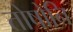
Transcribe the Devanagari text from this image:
तोषोनि